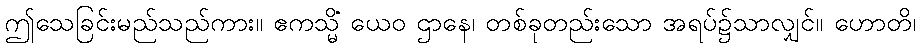
ဤသေခြင်းမည်သည်ကား။ ဧကသ္မိံ ယေဝ ဌာနေ၊ တစ်ခုတည်းသော အရပ်၌သာလျှင်။ ဟောတိ၊